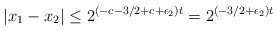
\begin{align*}|x_1-x_2|\le 2^{(-c-3/2+c+\epsilon_2)t} = 2^{(-3/2+\epsilon_2)t}\end{align*}